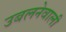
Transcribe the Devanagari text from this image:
उबलनेवाली